Punjab Mental Hospital Lahore 1932-46 - 1932-1946
Year: 1932
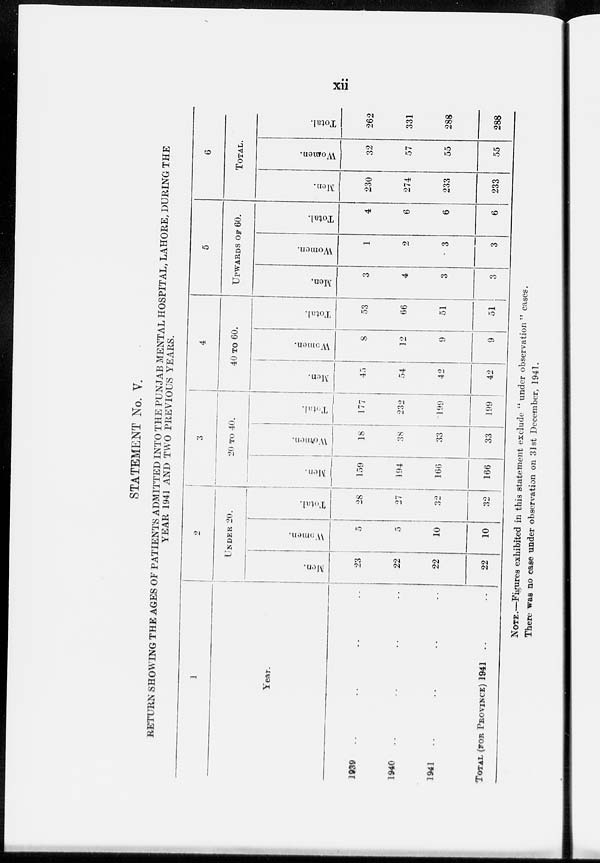
xii
STATEMENT No. V.
RETURN SHOWING THE AGES OF PATIENTS ADMITTED INTO THE PUNJAB MENTAL HOSPITAL, LAHORE, DURING THE
YEAR 1941 AND TWO PREVIOUS YEARS.
1
Year
1939 .. .. .. ..
1940 .. .. .. ..
1941 .. .. .. ..
TOTAL (FOR PROVINCE) 1941 .. ..
2
UNDER 20.
Men.
23
22
22
22
Women.
5
5
10
10
Total.
28
27
32
32
3
20 TO 40.
Men.
159
194
166
166
Women.
18
38
33
33
Total.
177
232
199
199
4
40 TO 60.
Men.
45
54
42
42
Women.
8
12
9
9
Total.
53
66
51
51
5
UPWARDS OF 60.
Men.
3
4
3
3
Women.
1
2
3
3
Total.
4
6
6
6
6
TOTAL.
Men.
230
274
233
233
Women
32
57
55
55
Total.
262
331
288
288
NOTE.—Figures exhibited in this statement exclude " under observation" cases.
There was no case under observation on 31st December, 1941.